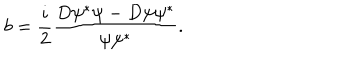
LaTeX: b = \frac i 2 \frac { D \psi ^ { * } \psi - D \psi \psi ^ { * } } { \psi \psi ^ { * } } .